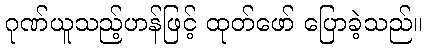
ဂုဏ်ယူသည့်ဟန်ဖြင့် ထုတ်ဖော် ပြောခဲ့သည်။